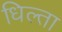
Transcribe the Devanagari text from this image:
धिल्ता